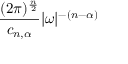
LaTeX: { \frac { ( 2 \pi ) ^ { \frac { n } { 2 } } } { c _ { n , \alpha } } } | { \boldsymbol { \omega } } | ^ { - ( n - \alpha ) }